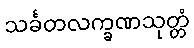
သင်္ခတလက္ခဏသုတ္တံ